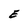
Character: E